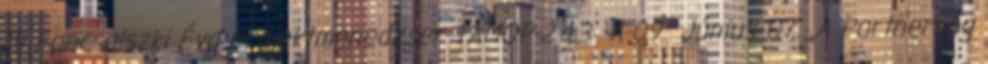
19 Fancsalszki Éva projektmenedzser TÁMOP-2.4.3 A-09 Június 07. „A Partnerség